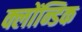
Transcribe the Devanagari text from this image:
क्लोंन्डिक